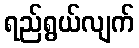
ရည်ရွယ်လျက်